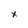
Character: x